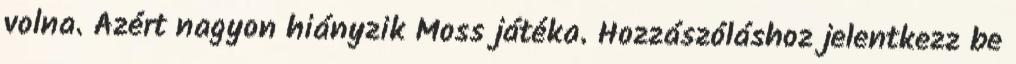
volna. Azért nagyon hiányzik Moss játéka. Hozzászóláshoz jelentkezz be